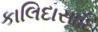
કાલિદાસાદિ